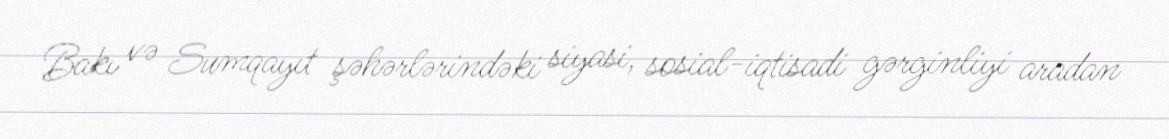
Bakı və Sumqayıt şəhərlərindəki siyasi, sosial-iqtisadi gərginliyi aradan